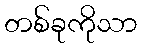
တစ်ခုကိုသာ